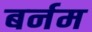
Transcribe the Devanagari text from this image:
बर्नम